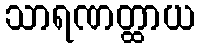
သာရဏတ္ထာယ